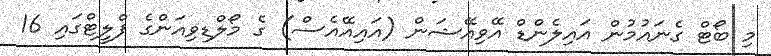
މި ބޯޓް ގެނައުމުން އައިލެންޑް އޭވިއޭޝަން (އައިއޭއެސް) ގެ މޯލްޑިވިއަންގެ ފްލީޓްގައި 16